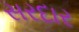
સરદાર